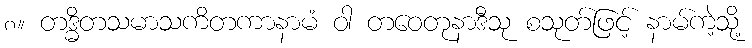
၈။ တဒ္ဓိတသမာသကိတကာနာမံ ဝါ တဝေတုနာဒီသု စသုတ်ဖြင့် နာမ်ကဲ့သို့